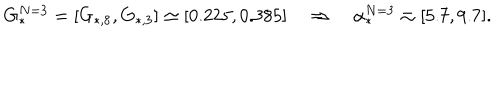
G _ { \ast } ^ { N = 3 } = [ G _ { \ast , 8 } , G _ { \ast , 3 } ] \simeq [ 0 . 2 2 5 , 0 . 3 8 5 ] \quad \Rightarrow \quad \alpha _ { \ast } ^ { N = 3 } \simeq [ 5 . 7 , 9 . 7 ] .